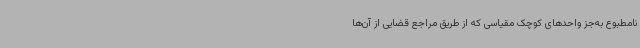
نامطبوع به‌جز واحدهای کوچک مقیاسی که از طریق مراجع قضایی از آن‌ها